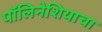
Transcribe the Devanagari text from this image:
पॉलिनेशियाचा